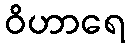
ဝိဟာရေ